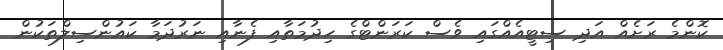
ކޮންމެ ރަށެއް އަދި ސިޓީއެއްގައި ވެސް ކަރަންޓްގެ ހިދުމަތާއި ފެނާއި ނަރުދަމާ ކައުންސިލްތަކުން